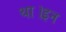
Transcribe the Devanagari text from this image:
था।इन